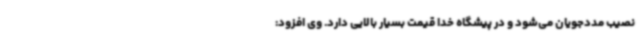
نصیب مددجویان می‌شود و در پیشگاه خدا قیمت بسیار بالایی دارد. وی افزود: